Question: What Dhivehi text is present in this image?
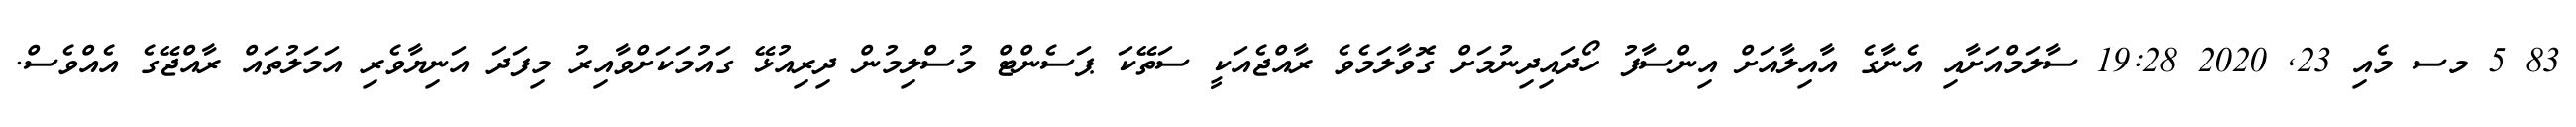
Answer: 83 5 މސ މެއި 23, 2020 19:28 ސާލަމްއަށާއި އެނާގެ އާއިލާއަށް އިންސާފު ހޯދައިދިނުމަށް ގޮވާލަމެވެ ރާއްޖެއަކީ ސަތޭކަ ޕަސެންޓް މުސްލިމުން ދިރިއުޅޭ ގައުމަކަށްވާއިރު މިފަދަ އަނިޔާވެރި އަމަލުތައް ރާއްޖޭގެ އެއްވެސް.